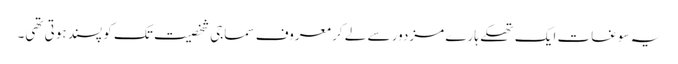
یہ سوغات ایک تھکے ہارے مزدور سے لے کر معروف سماجی شخصیت تک کو پسند ہوتی تھی۔